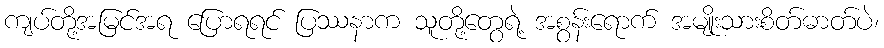
ကျပ်တို့အမြင်အရ ပြောရရင် ပြဿနာက သူတို့တွေရဲ့ အစွန်းရောက် အမျိုးသားစိတ်ဓာတ်ပဲ၊